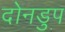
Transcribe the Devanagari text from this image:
दोनडुप